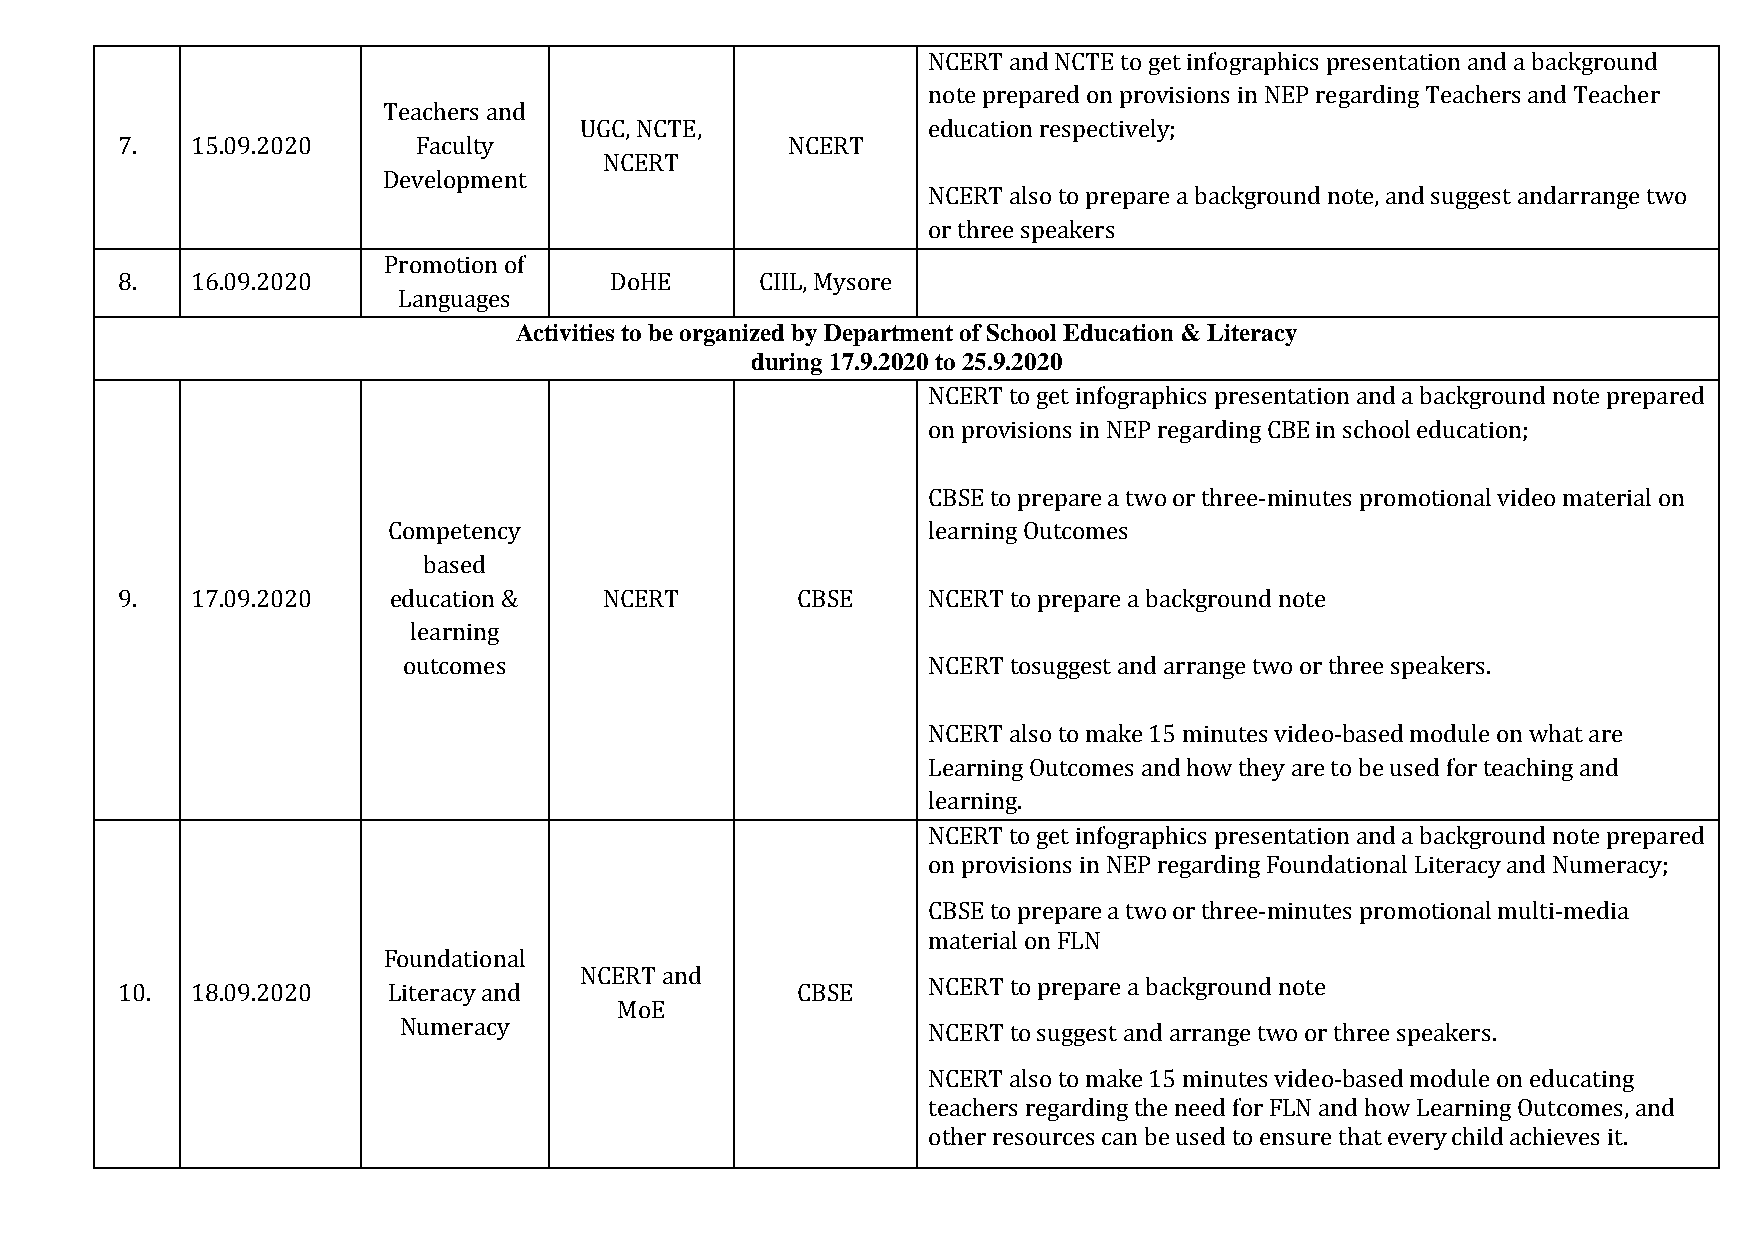
NCERT and NCTE to get infographics presentation and a background
 note prepared on provisions in NEP regarding Teachers and Teacher
 Teachers and
 UGC, NCTE,             education respectively;
 7.   15.09.2020    Faculty                  NCERT
 NCERT
 Development
 NCERT also to prepare a background note, and suggest andarrange two
 or three speakers
 Promotion of
 8.   16.09.2020                 DoHE      CIIL, Mysore
 Languages
 Activities to be organized by Department of School Education & Literacy
 during 17.9.2020 to 25.9.2020
 NCERT to get infographics presentation and a background note prepared
 on provisions in NEP regarding CBE in school education;
 CBSE to prepare a two or three-minutes promotional video material on
 Competency                         learning Outcomes
 based
 9.   17.09.2020   education &   NCERT        CBSE    NCERT to prepare a background note
 learning
 outcomes                          NCERT tosuggest and arrange two or three speakers.
 NCERT also to make 15 minutes video-based module on what are
 Learning Outcomes and how they are to be used for teaching and
 learning.
 NCERT to get infographics presentation and a background note prepared
 on provisions in NEP regarding Foundational Literacy and Numeracy;
 CBSE to prepare a two or three-minutes promotional multi-media
 material on FLN
 Foundational
 NCERT and
 10.  18.09.2020   Literacy and               CBSE    NCERT to prepare a background note
 MoE
 Numeracy                           NCERT to suggest and arrange two or three speakers.
 NCERT also to make 15 minutes video-based module on educating
 teachers regarding the need for FLN and how Learning Outcomes, and
 other resources can be used to ensure that every child achieves it.